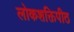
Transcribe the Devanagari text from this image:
लोकशक्तिपीठ